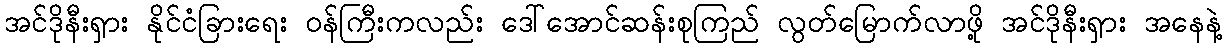
အင်ဒိုနီးရှား နိုင်ငံခြားရေး ဝန်ကြီးကလည်း ဒေါ်အောင်ဆန်းစုကြည် လွတ်မြောက်လာဖို့ အင်ဒိုနီးရှား အနေနဲ့